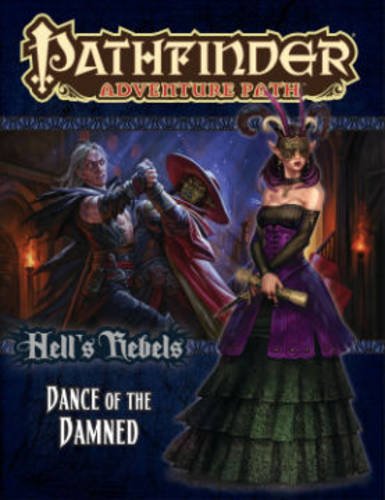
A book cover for Pathfinder Adventure Path: Hell's Rebels Part 3 - Dance of the Damned; Richard Pett; Science Fiction & Fantasy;